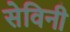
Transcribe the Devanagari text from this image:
सेविनी